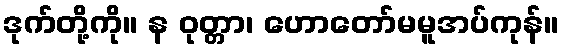
ဒုက်တို့ကို။ န ဝုတ္တာ၊ ဟောတော်မမူအပ်ကုန်။